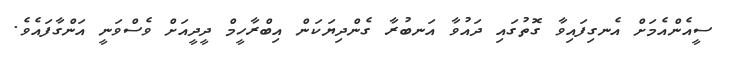
ސީއެންއެމަށް އެނގިފައިވާ ގޮތުގައި ދައުވާ އަނބުރާ ގެންދިޔަކަން އިބްރާހީމް ދީދީއަށް ވެސްވަނީ އަންގާފައެވެ.